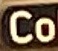
Co